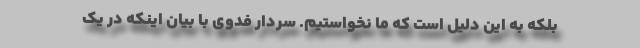
بلکه به این دلیل است که ما نخواستیم. سردار فدوی با بیان اینکه در یک